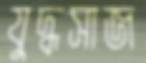
যুদ্ধসাজ